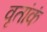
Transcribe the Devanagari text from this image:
वृतांकं